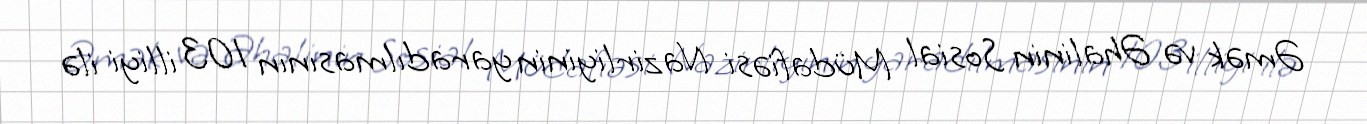
Əmək və Əhalinin Sosial Müdafiəsi Nazirliyinin yaradılmasının 103 illiyi ilə